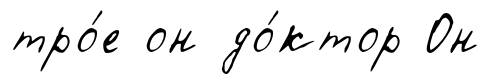
тро́е он до́ктор Он